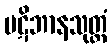
ပဋိဘာနသုတ္တံ